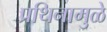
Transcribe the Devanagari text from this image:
प्रथिनामुळे